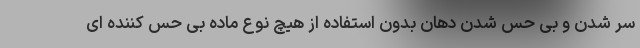
سر شدن و بی حس شدن دهان بدون استفاده از هیچ نوع ماده بی حس کننده ای